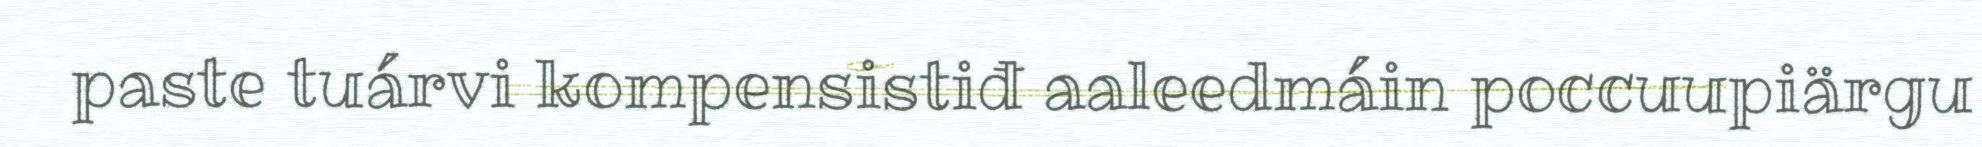
paste tuárvi kompensistiđ aaleedmáin poccuupiärgu